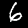
Digit: 6